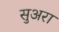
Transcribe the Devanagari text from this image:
सुअरा